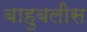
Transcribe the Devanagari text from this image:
बाहुबलीस